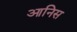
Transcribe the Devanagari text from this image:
आनिस